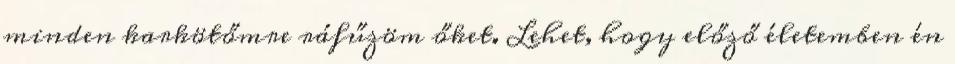
minden karkötőmre ráfűzöm őket. Lehet, hogy előző életemben én